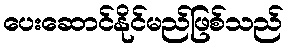
ပေးဆောင်နိုင်မည်ဖြစ်သည်